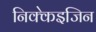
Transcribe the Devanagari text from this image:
निक्केइजिन